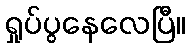
ရှုပ်ပွနေလေပြီ။